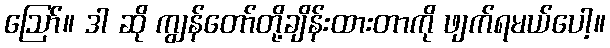
ဪ။ ဒါ ဆို ကျွန်တော်တို့ချိန်းထားတာကို ဖျက်ရမယ်ပေါ့။